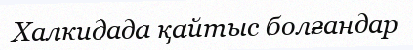
Халкидада қайтыс болғандар